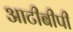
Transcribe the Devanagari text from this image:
आटीबीपी